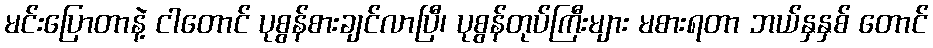
မင်းပြောတာနဲ့ ငါတောင် ပုစွန်စားချင်လာပြီ၊ ပုစွန်တုပ်ကြီးများ မစားရတာ ဘယ်နှနှစ် တောင်